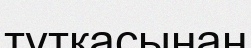
тұтқасынан